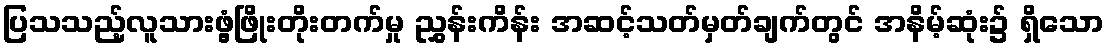
ပြသသည့်လူသားဖွံ့ဖြိုးတိုးတက်မှု ညွှန်းကိန်း အဆင့်သတ်မှတ်ချက်တွင် အနိမ့်ဆုံး၌ ရှိသော